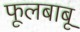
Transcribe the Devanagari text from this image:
फूलबाबू